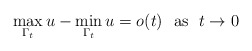
\begin{align*} \max_{\Gamma_t} u - \min_{\Gamma_t} u = o(t) \ \mbox{ as } \ t\to 0\end{align*}